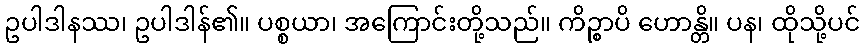
ဥပါဒါနဿ၊ ဥပါဒါန်၏။ ပစ္စယာ၊ အကြောင်းတို့သည်။ ကိဉ္စာပိ ဟောန္တိ။ ပန၊ ထိုသို့ပင်